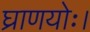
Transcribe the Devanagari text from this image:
घ्राणयोः।